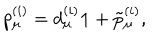
LaTeX: p _ { \mu } ^ { ( i ) } = d _ { \mu } ^ { ( i ) } { \bf 1 } + \tilde { p } _ { \mu } ^ { ( i ) } ,